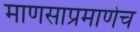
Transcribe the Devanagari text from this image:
माणसाप्रमाणेच